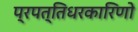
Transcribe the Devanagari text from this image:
प्रपत्तिधरकारिणो